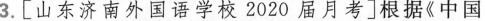
3.[山东济南外国语学校2020届月考]根据《中国